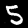
Digit: 5